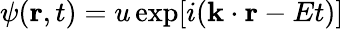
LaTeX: \psi(\mathbf{r},t)=u\exp[i(\mathbf{k}\cdot\mathbf{r}-Et)]